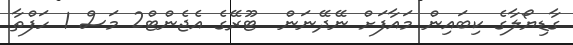
ގާޑިޔޯލާގެ ކިބައިން މައާފަށް ނޭދޭނަން  ޓޫރޭގެ އެޖެންޓް2 މަސް 1 ހަފްތާ